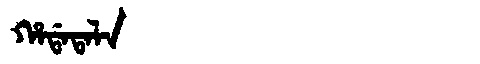
Manchu: ᡥᠠᡩᠠᡨᠠᠯᠠ
Romanization: HADATALA